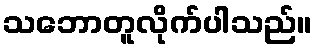
သဘောတူလိုက်ပါသည်။